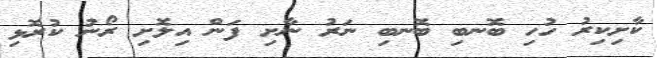
ކާށިކިރު ހުހި ބޮނބި ބޮނބި ނަރު ނާށި ފަން އިލޮށި ރޯނު ކުރޮޅި